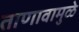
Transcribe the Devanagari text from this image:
ताणावामुळे